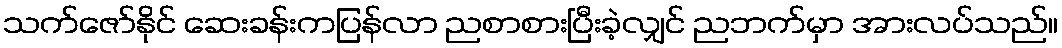
သက်ဇော်နိုင် ဆေးခန်းကပြန်လာ ညစာစားပြီးခဲ့လျှင် ညဘက်မှာ အားလပ်သည်။